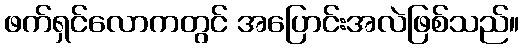
ဖက်ရှင်လောကတွင် အပြောင်းအလဲဖြစ်သည်။